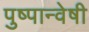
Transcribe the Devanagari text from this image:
पुष्पान्वेषी